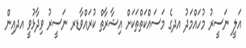
އަލީ ނަސީރު މުހައްމަދު އދގެ މަސައްކަތްތަކަށް އިޝާރާތް ކުރައްވާޑރ ނަސީރު ވިދާޅުވީ އދއިން